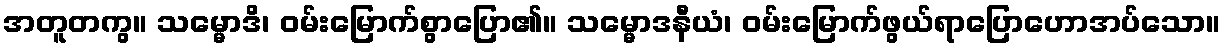
အတူတကွ။ သမ္မောဒိ၊ ဝမ်းမြောက်စွာပြော၏။ သမ္မောဒနီယံ၊ ဝမ်းမြောက်ဖွယ်ရာပြောဟောအပ်သော။